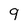
Character: 9